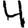
Digit: 4